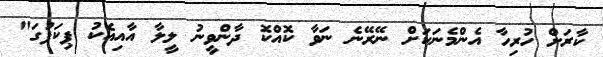
ކާރަށް ހުރިހާ އެންމެނަކަށް ނޭރޭނެ ނަވާ ކޮއްކޮ ދާންވީނު ލީލާ އާއިއެކު ޕިކަޕުގަ"